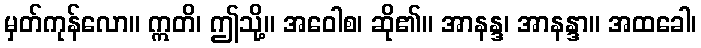
မှတ်ကုန်လော။ ဣတိ၊ ဤသို့။ အဝေါစ၊ ဆို၏။ အာနန္ဒ၊ အာနန္ဒာ။ အထခေါ၊